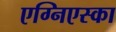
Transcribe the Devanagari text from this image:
एग्निएस्का